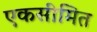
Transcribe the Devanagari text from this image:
एकसीमित